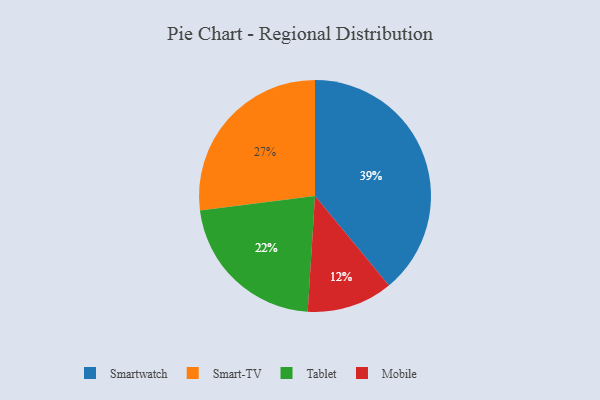
{"axis": {"x": "Category", "y": "Percentage"}, "legend": ["Mobile", "Smart-TV", "Smartwatch", "Tablet"], "data": [{"x": "Smart-TV", "y": 27, "type": "Smart-TV"}, {"x": "Tablet", "y": 22, "type": "Tablet"}, {"x": "Mobile", "y": 12, "type": "Mobile"}, {"x": "Smartwatch", "y": 39, "type": "Smartwatch"}]}